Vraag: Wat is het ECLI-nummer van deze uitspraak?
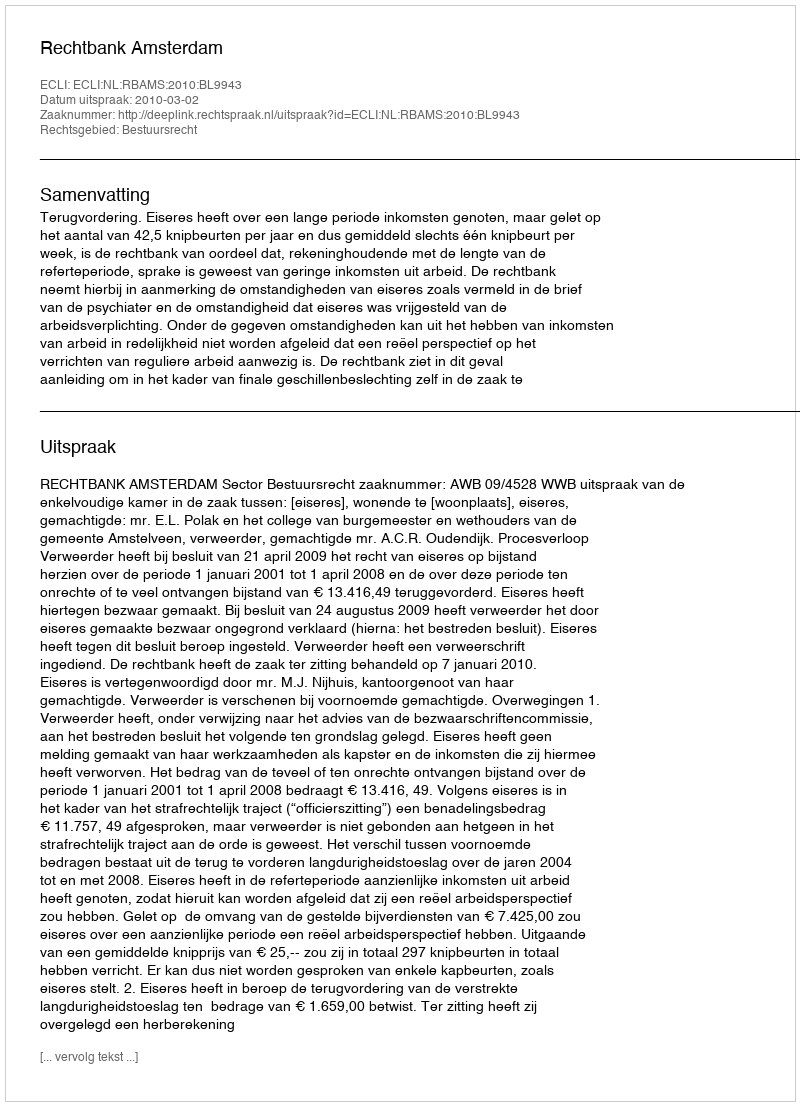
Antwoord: ECLI:NL:RBAMS:2010:BL9943